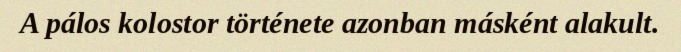
A pálos kolostor története azonban másként alakult.